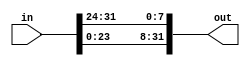
module RotWord #
(
parameter BYTE = 8,
parameter DWORD = 32,
parameter LEGNTH = 128
)
(
input [DWORD-1:0] in,
output [DWORD-1:0] out
);
	assign out = {
		 in [23:16] ,
		 in [15:8] ,
		 in [7:0] ,
		 in [31:24]
	 };
endmodule